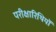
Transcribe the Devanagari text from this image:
परीक्षारिथियों